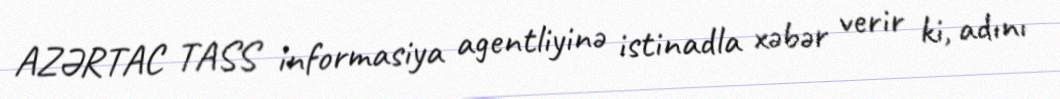
AZƏRTAC TASS informasiya agentliyinə istinadla xəbər verir ki, adını